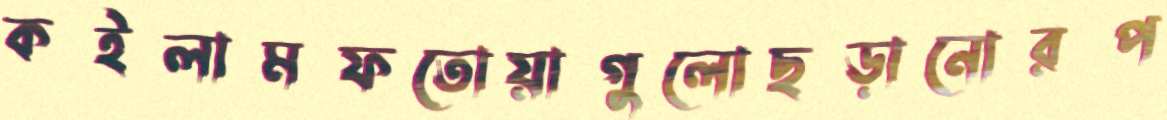
কইলামফতোয়াগুলোছড়ানোরপ